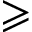
\geqslant